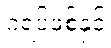
ဂရပ်ဖစ်နှင့်